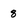
Character: 8